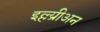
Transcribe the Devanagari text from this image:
इल्ल्य्रीअन